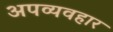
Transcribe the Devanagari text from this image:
अपव्यवहार